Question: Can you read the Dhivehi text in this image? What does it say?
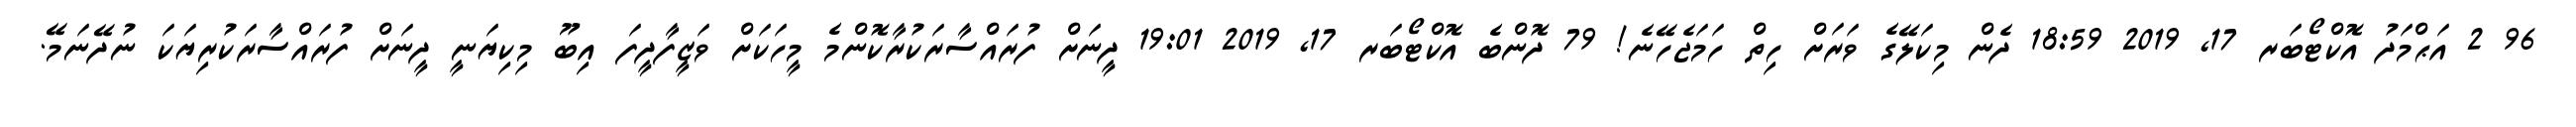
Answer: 96 2 އަޙްމަދު އޮކްޓޯބަރ 17, 2019 18:59 ދެން މިކަލޭގެ ވަރަށް ހިތް ހަމަޖެހޭނެ! 79 ދޮންބެ އޮކްޓޯބަރ 17, 2019 19:01 ދީނަށް ފުރައްސާރަކުރާކޮންމެ މީހަކަށް ވަޒީފާދީފަ އިބޫ މިކިޔަނީ ދީނަށް ފުރައްސާރަކުރިޔަކަ ނުދޭނަމޭ.